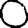
Digit: 0